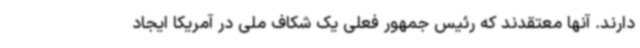
دارند. آنها معتقدند که رئیس جمهور فعلی یک شکاف ملی در آمریکا ایجاد